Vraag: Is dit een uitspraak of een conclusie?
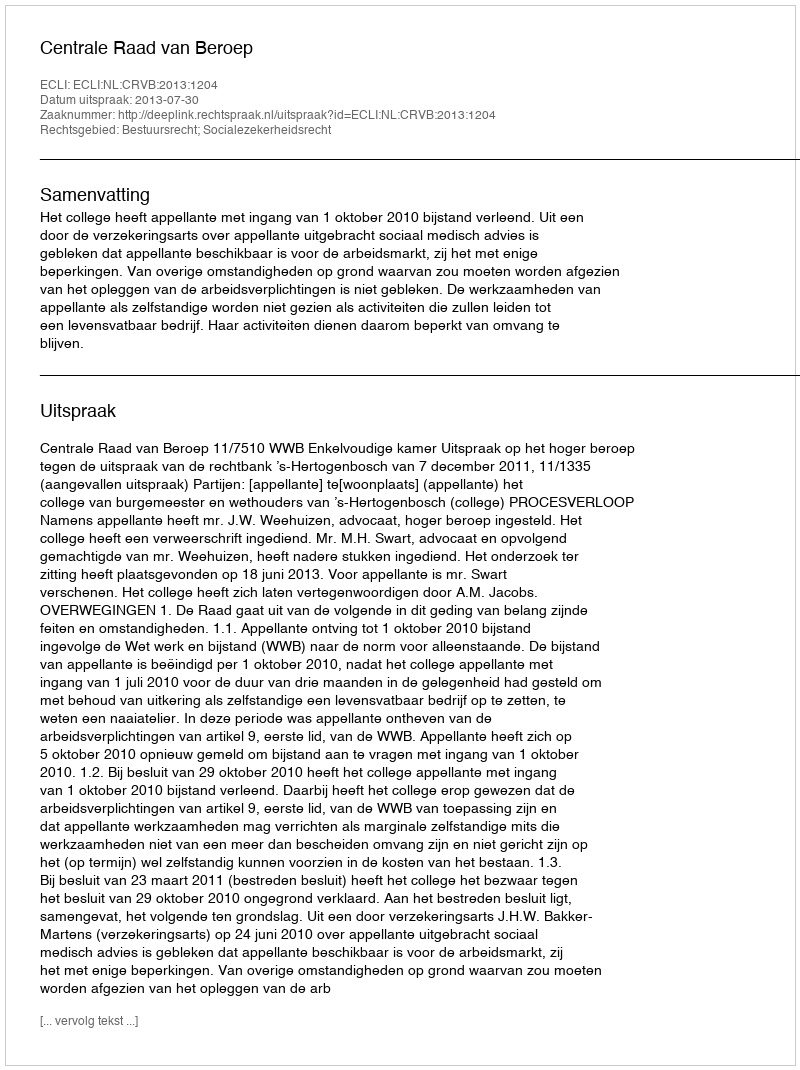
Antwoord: Uitspraak